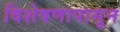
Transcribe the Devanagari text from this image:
विशेषणापासून